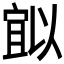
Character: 𭔈